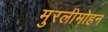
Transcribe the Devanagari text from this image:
मुरलीमोहन